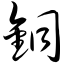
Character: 铜